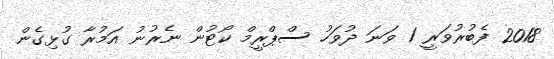
2018 ފެބުރުވަރީ 1 ވަނަ ދުވަހު ސްޕްރީމް ކޯޓުން ނެރުނު އަމުރާ ގުޅިގެން